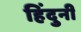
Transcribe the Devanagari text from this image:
हिंदुनी